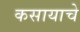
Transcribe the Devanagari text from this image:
कसायाचे